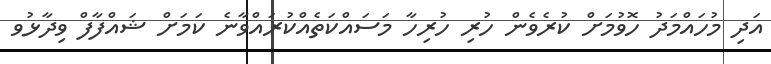
އަދި މުހައްމަދު ހޮވުމަށް ކުރެވެން ހުރި ހުރިހާ މަސައްކަތެއްކުރައްވާނެ ކަމަށް ޝައްފާފް ވިދާޅުވ